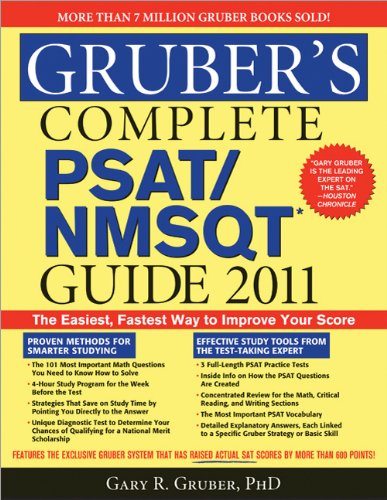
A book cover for Gruber's Complete PSAT/NMSQT Guide 2011; Gary Gruber; Test Preparation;